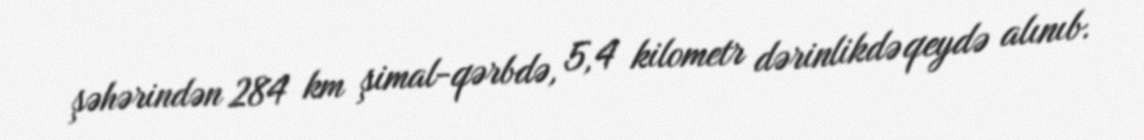
şəhərindən 284 km şimal-qərbdə, 5,4 kilometr dərinlikdə qeydə alınıb.